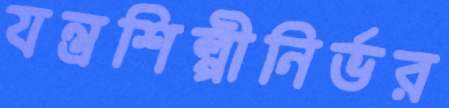
যন্ত্রশিল্পীনির্ভর